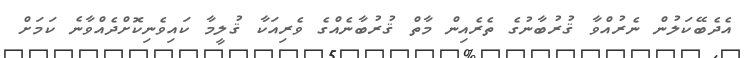
އެދެބޭކަލުން ނެރުއްވާ ޤުރުބާނުގެ ތެރެއިން މާތް ޤުރުބާނެއްގެ ވެރިއަކާ ޤުލީމާ ކައިވެނިކޮށްދެއްވާނެ ކަމަށް